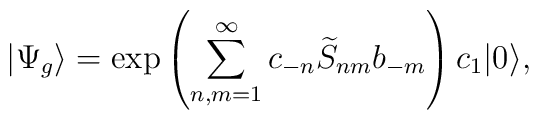
|\Psi_g \rangle = \exp\left (\sum_{n,m=1}^{\infty} c_{-n} \widetilde{S}_{nm}b_{-m}\right )c_1|0\rangle,